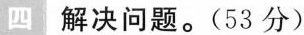
四 解决问题。(53分)